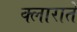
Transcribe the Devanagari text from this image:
क्लाराते